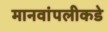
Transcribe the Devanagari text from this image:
मानवांपलीकडे